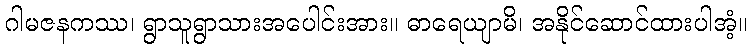
ဂါမဇနကဿ၊ ရွာသူရွာသားအပေါင်းအား။ ဓာရေယျာမိ၊ အနိုင်ဆောင်ထားပါအံ့။